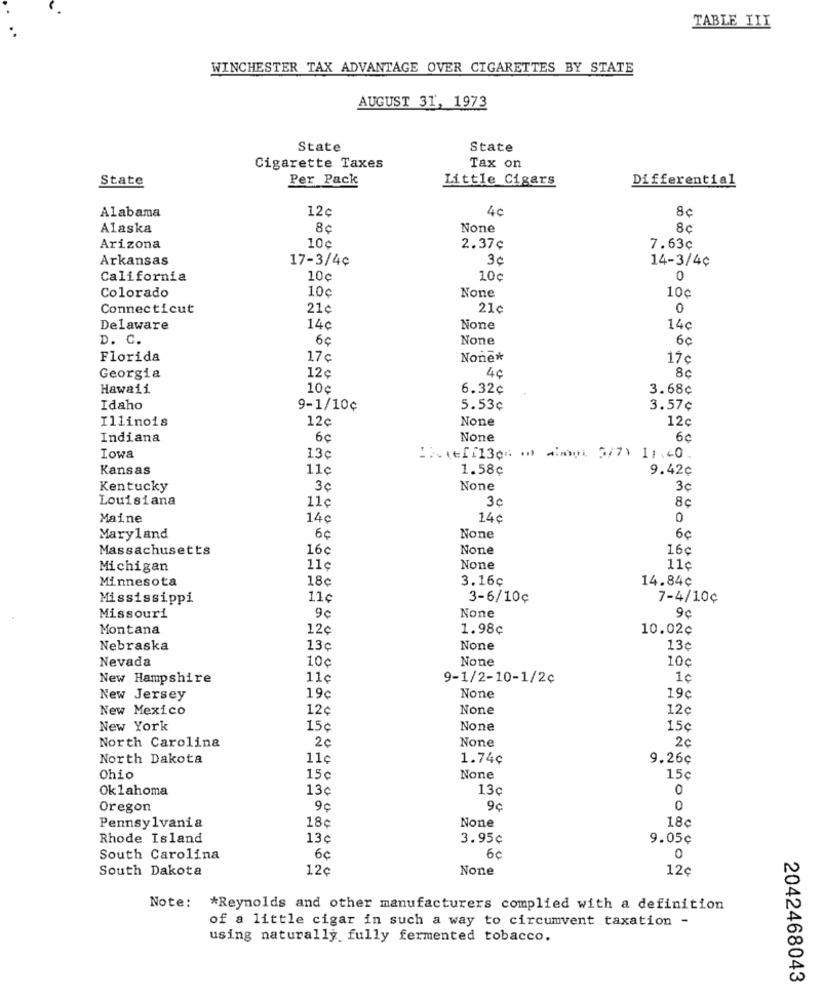
TABLE III
WINCHESTER TAX ADVANTAGE OVER CIGARETTES BY STATE
AUGUST 31, 1973
State
State
Cigarette Taxes
Tax on
State
Per Pack
Little Cigars
Differential
12¢
4c
Alabama
8¢
Alaska
8¢
8¢
Arizona
10¢
2.37¢
7.63¢
Arkansas
17-3/4¢
30
14-3/4¢
California
10¢
10
0
10c
10c
Colorado
Connecticut
21¢
21c
0
Delaware
14¢
14c
D. C.
6c
6c
Florida
17 c
None*
17c
Georgia
12¢
4¢
8c
Hawaii
10¢
6.32¢
3.68¢
Idaho
9-1/10¢
5.53¢
3.57¢
Illinois
12¢
12c
Indiana
6¢
6¢
Lowa
13c
([[130 (0) 4001 5/7) 11.40.
Kansas
11c
1.58¢
9.42¢
Kentucky
3€
3c
Louisiana
30
8¢
Maine
14c
14€
0
Maryland
6c
6c
Massachusetts
16¢
16¢
Michigan
11c
11c
18¢
3.16¢
14.84¢
Minnesota
Mississippi
11c
3-6/10ç
7-4/10¢
Missouri
9c
9c
Montana
12c
1.98¢
10.02¢
Nebraska
13¢
13¢
Nevada
10¢
10¢
New Hampshire
11c
9-1/2-10-1/2¢
1c
New Jersey
19¢
19¢
New Mexico
12¢
12c
New York
15¢
15c
2c
2c
North Carolina
North Dakota
11c
1.74¢
9.26¢
Ohio
15c
15c
Oklahoma
13¢
13c
Oregon
9c
9¢
18c
18c
Pennsylvania
Rhode Island
13c
3.95¢
9.05¢
South Carolina
6¢
6¢
0
South Dakota
12¢
12¢
Note:
*Reynolds and other manufacturers complied with a definition
of a little cigar in such a way to circumvent taxation -
using naturally fully fermented tobacco.
2042468043